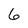
Character: 6